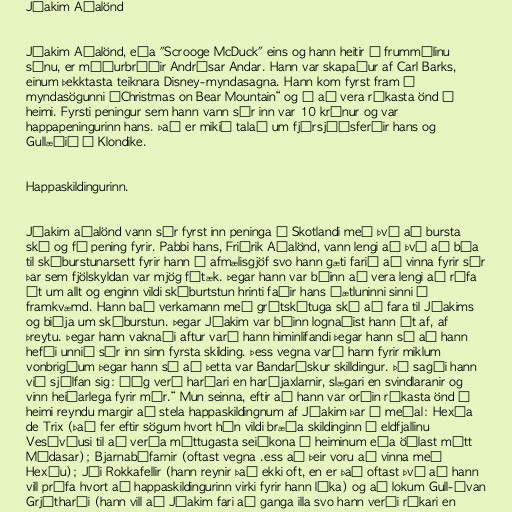
Jóakim Aðalönd

Jóakim Aðalönd, eða "Scrooge McDuck" eins og hann heitir á frummálinu
sínu, er móðurbróðir Andrésar Andar. Hann var skapaður af Carl Barks,
einum þekktasta teiknara Disney-myndasagna. Hann kom fyrst fram í
myndasögunni „Christmas on Bear Mountain“ og á að vera ríkasta önd í
heimi. Fyrsti peningur sem hann vann sér inn var 10 krónur og var
happapeningurinn hans. Það er mikið talað um fjársjóðsferðir hans og
Gullæðið í Klondike.

Happaskildingurinn.

Jóakim aðalönd vann sér fyrst inn peninga í Skotlandi með því að bursta
skó og fá pening fyrir. Pabbi hans, Friðrik Aðalönd, vann lengi að því að búa
til skóburstunarsett fyrir hann í afmælisgjöf svo hann gæti farið að vinna fyrir sér
þar sem fjölskyldan var mjög fátæk. Þegar hann var búinn að vera lengi að ráfa
út um allt og enginn vildi skóburtstun hrinti faðir hans áætluninni sinni í
framkvæmd. Hann bað verkamann með grútskítuga skó að fara til Jóakims
og biðja um skóburstun. Þegar Jóakim var búinn lognaðist hann út af, af
þreytu. Þegar hann vaknaði aftur varð hann himinlifandi þegar hann sá að hann
hefði unnið sér inn sinn fyrsta skilding. Þess vegna varð hann fyrir miklum
vonbrigðum þegar hann sá að þetta var Bandarískur skilldingur. Þá sagði hann
við sjálfan sig: „Ég verð harðari en harðjaxlarnir, slægari en svindlaranir og
vinn heiðarlega fyrir mér.“ Mun seinna, eftir að hann var orðin ríkasta önd í
heimi reyndu margir að stela happaskildingnum af Jóakim þar á meðal: Hexía
de Trix (það fer eftir sögum hvort hún vildi bræða skildinginn í eldfjallinu
Vesúvíusi til að verða máttugasta seiðkona í heiminum eða öðlast mátt
Mídasar); Bjarnabófarnir (oftast vegna .ess að þeir voru að vinna með
Hexíu); Jói Rokkafellir (hann reynir það ekki oft, en er það oftast því að hann
vill prófa hvort að happaskildingurinn virki fyrir hann líka) og að lokum Gull-Ívan
Grjótharði (hann vill að Jóakim fari að ganga illa svo hann verði ríkari en